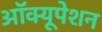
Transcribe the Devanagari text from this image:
ऑक्यूपेशन